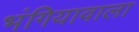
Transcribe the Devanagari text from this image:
भंगियावाला